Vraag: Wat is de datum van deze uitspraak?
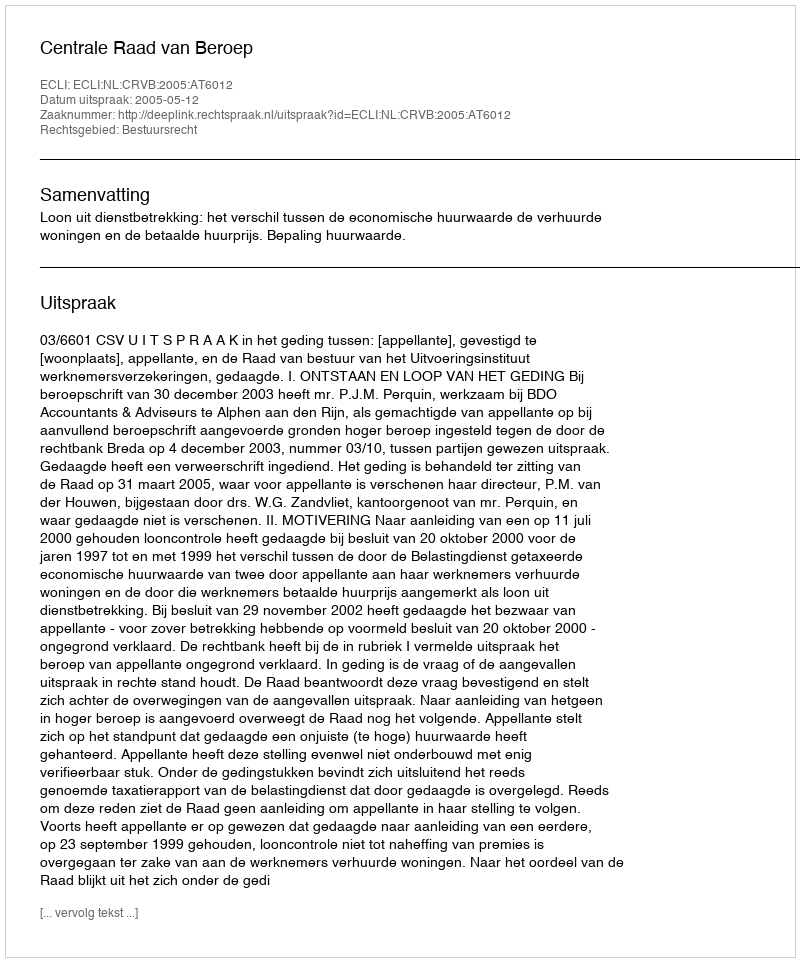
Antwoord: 2005-05-12